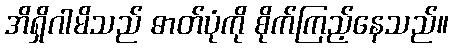
အိရှိဂါမိသည် ဓာတ်ပုံကို စိုက်ကြည့်နေသည်။